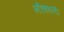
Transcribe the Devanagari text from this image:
नीकाली